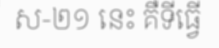
ស-២១ នេះ គឺទីធ្វើ